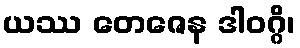
ယဿ တေဇေန ဒါဝဂ္ဂိ၊